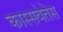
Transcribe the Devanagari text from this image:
कास्सवेतेस